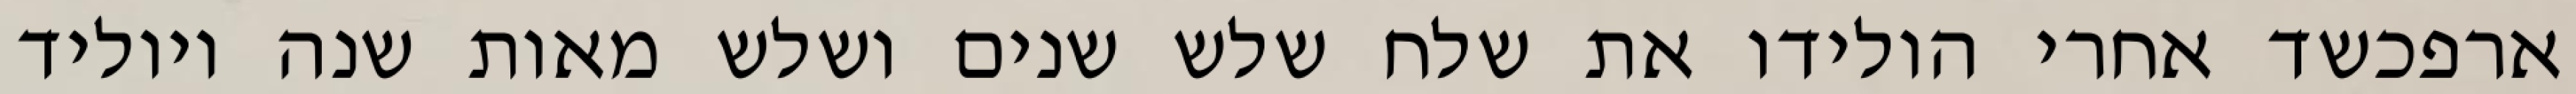
ארפכשד אחרי הולידו את שלח שלש שנים ושלש מאות שנה ויוליד